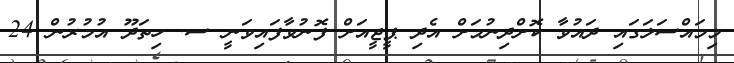
މިމައްސަލަގައި ދައުވާ ކޮށްދިނުމަށް އެދި ޕީޖީއަށް ފޮނުވާފައިވަނީ ސ. ހިތަދޫ އުމުރުން 24